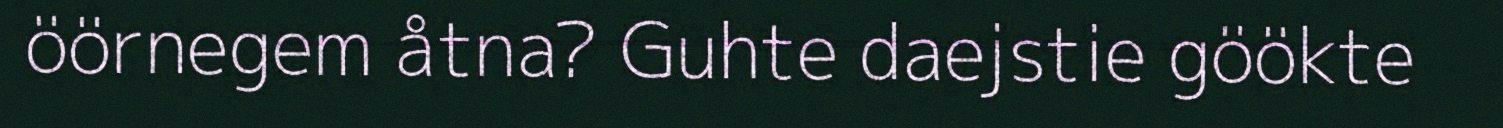
öörnegem åtna? Guhte daejstie göökte